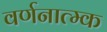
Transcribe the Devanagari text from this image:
वर्णनात्म्क